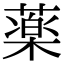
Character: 薬